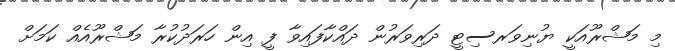
މި މަޝްރޫއަކީ ޔުނިވަރސިޓީ ދަރިވަރުން ދައްކާފައިވާ ފީ އިން ހަރަދުކުރާ މަޝްރޫއެއް ކަމަށް